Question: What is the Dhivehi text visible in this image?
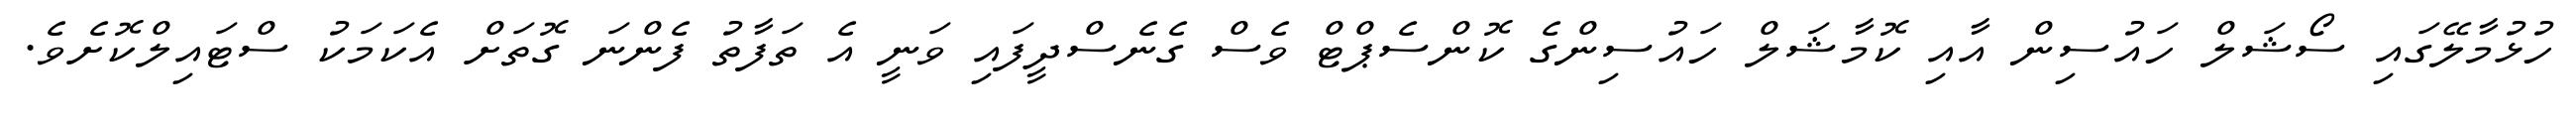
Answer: ހުޅުމާލޭގައި ސޯޝަލް ހައުސިން އާއި ކޮމާޝަލް ހައުސިންގެ ކޮންސެޕްޓް ވެސް ގެނެސްދީފައި ވަނީ އެ ތަފާތު ފެންނަ ގޮތަށް އެކަމަކު ސްޓައިލްކޮށެވެ.